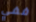
ففي